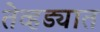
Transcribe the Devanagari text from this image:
तेव्हड्यात